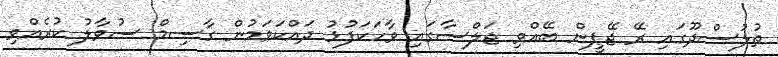
ތުލުސްދޫގައި ރޭ ޖޭޕީން ބޭއްވި ޖަލްސާގައި ވާހަކަފުޅު ދައްކަވަމުން ގާސިމް ސުވާލު ކުރެއްވި